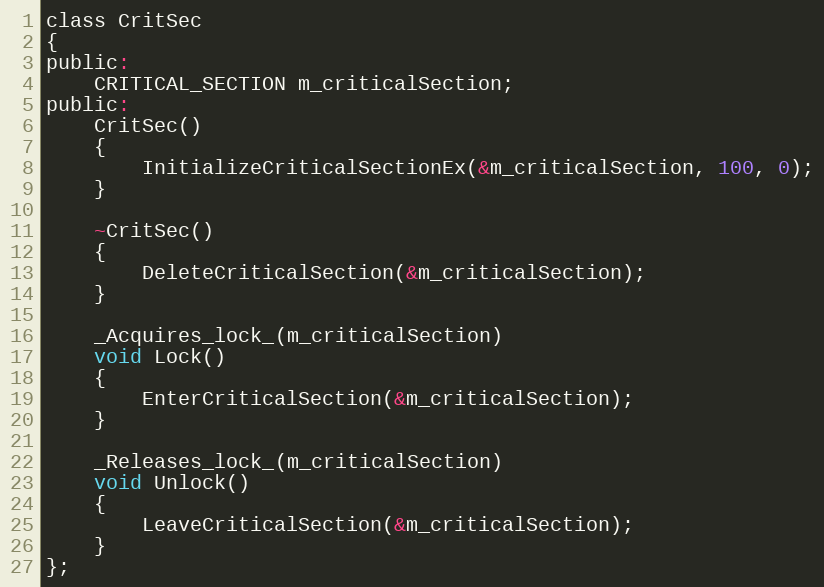
Language: C
class CritSec
{
public:
    CRITICAL_SECTION m_criticalSection;
public:
    CritSec()
    {
        InitializeCriticalSectionEx(&m_criticalSection, 100, 0);
    }

    ~CritSec()
    {
        DeleteCriticalSection(&m_criticalSection);
    }

    _Acquires_lock_(m_criticalSection)
    void Lock()
    {
        EnterCriticalSection(&m_criticalSection);
    }

    _Releases_lock_(m_criticalSection)
    void Unlock()
    {
        LeaveCriticalSection(&m_criticalSection);
    }
};